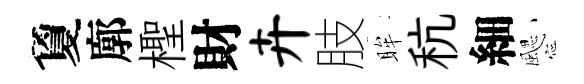
夐廓檉財卉肢眸秔細颸